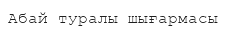
Абай туралы шығармасы